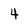
Character: 4